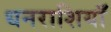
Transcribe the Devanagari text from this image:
धनराशियाँ